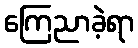
ကြေညာခဲ့ရာ